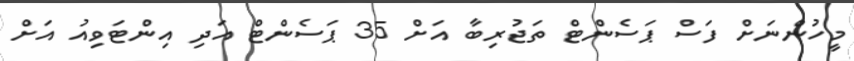
މީހުންނަށް ފަސް ޕަސެންޓް ތަޖުރިބާ އަށް 35 ޕަސެންޓް އަދި އިންޓަވިއު އަށް